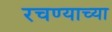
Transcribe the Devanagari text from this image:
रचण्याच्या